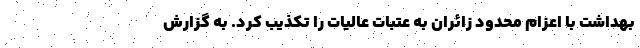
بهداشت با اعزام محدود زائران به عتبات عالیات را تکذیب کرد. به گزارش